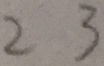
2 3